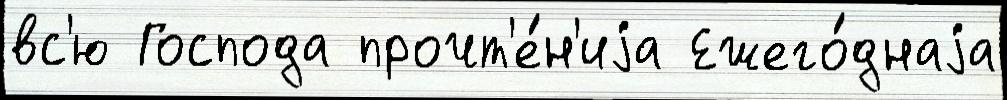
вс'ю Господа прочт'е́н'иjа Ежего́днаjа